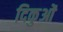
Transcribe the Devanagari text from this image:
दिकुओं